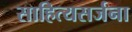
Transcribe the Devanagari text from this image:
साहित्यसर्जना